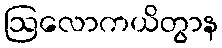
ဩလောကယိတွာန